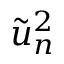
\tilde { u } _ { n } ^ { 2 }